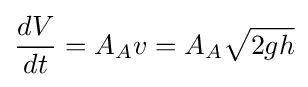
{\frac {dV}{dt}}=A_{A}v=A_{A}{\sqrt {2gh}}